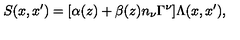
S ( x , x ^ { \prime } ) = [ \alpha ( z ) + \beta ( z ) n _ { \nu } \Gamma ^ { \nu } ] \Lambda ( x , x ^ { \prime } ) ,